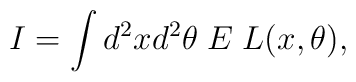
I = \int d^2x d^2\theta\; E\; L(x, \theta),